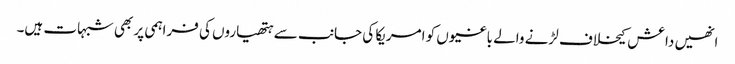
انھیں داعش کیخلاف لڑنے والے باغیوں کو امریکا کی جانب سے ہتھیاروں کی فراہمی پر بھی شبہات ہیں۔